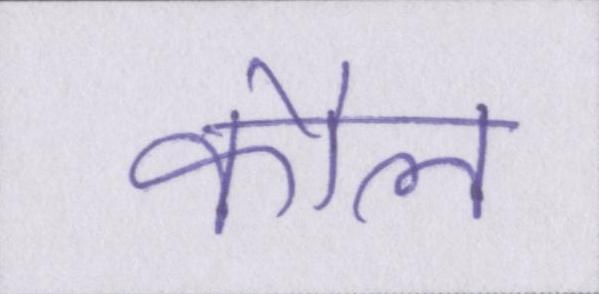
कौल